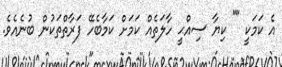
އެ ކަމަކީ "" ކިޔާ ސިއްޙީ ހާލަތެއް ކަމަށް ކަމާބެހޭ ފަރާތްތަކުން ބުނެއެވެ.